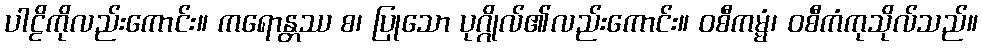
ပါဠိကိုလည်းကောင်း။ ကရောန္တဿ စ၊ ပြုသော ပုဂ္ဂိုလ်၏လည်းကောင်း။ ဝစီကမ္မံ၊ ဝစီကံကုသိုလ်သည်။